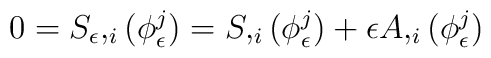
0= S_{\epsilon},_i(\phi^j_{\epsilon}) =S,_i(\phi^j_{\epsilon}) + \epsilon A,_i(\phi^j_{\epsilon})